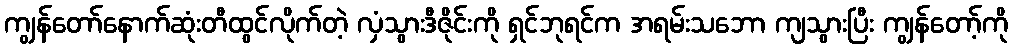
ကျွန်တော်နောက်ဆုံးတီထွင်လိုက်တဲ့ လှံသွားဒီဇိုင်းကို ရှင်ဘုရင်က အရမ်းသဘော ကျသွားပြီး ကျွန်တော့်ကို